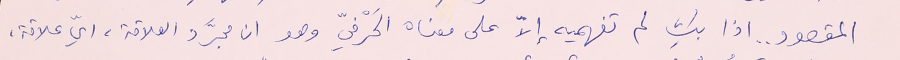
المقصود .. اذا بكِ لم تفهميه إلاّ على معناه الحَرْفيّ وهو ان مجرَّد العلاقة، ايّ علاقة،